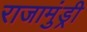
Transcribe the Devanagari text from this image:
राजामुंड्री